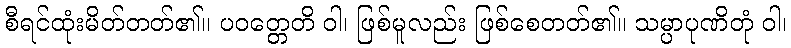
စီရင်ထုံးမိတ်တတ်၏။ ပဝတ္တေတိ ဝါ၊ ဖြစ်မူလည်း ဖြစ်စေတတ်၏။ သမ္ပာပုဏိတုံ ဝါ၊